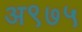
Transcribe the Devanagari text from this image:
अ९७५